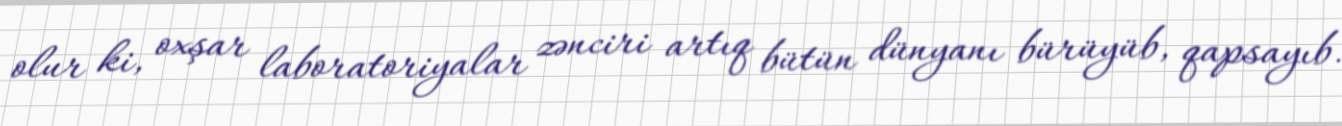
olur ki, oxşar laboratoriyalar zənciri artıq bütün dünyanı bürüyüb, qapsayıb.